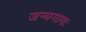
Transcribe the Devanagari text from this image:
जन्मगावः